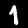
Label: 1